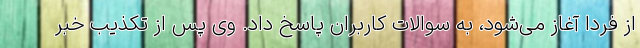
از فردا آغاز می‌شود، به سوالات کاربران پاسخ داد. وی پس از تکذیب خبر